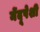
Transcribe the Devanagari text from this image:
मेंदूपेशी